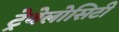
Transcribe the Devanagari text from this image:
ट्रेवेलोसिटी